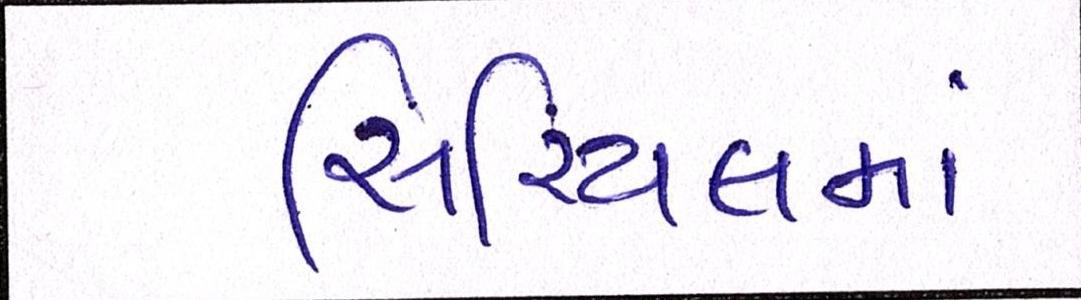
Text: સિરિયલમાં